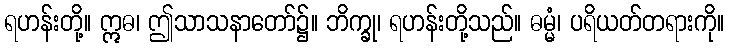
ရဟန်းတို့။ ဣဓ၊ ဤသာသနာတော်၌။ ဘိက္ခု၊ ရဟန်းတို့သည်။ ဓမ္မံ၊ ပရိယတ်တရားကို။